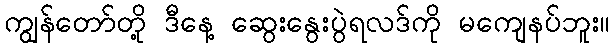
ကျွန်တော်တို့ ဒီနေ့ ဆွေးနွေးပွဲရလဒ်ကို မကျေနပ်ဘူး။